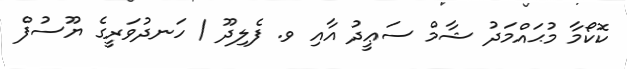
ކޮކޯމާ މުޙައްމަދު ޝާމް ސަޢީދު އާއި ވ. ފެލިދޫ / ހަނދުވަރީގެ ޔޫސުފް